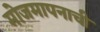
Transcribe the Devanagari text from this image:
मोजमापनाची